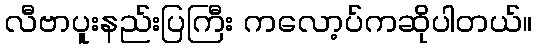
လီဗာပူးနည်းပြကြီး ကလော့ပ်ကဆိုပါတယ်။